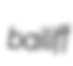
bailiff